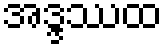
အဒ္ဒဿထ